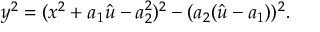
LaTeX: y ^ { 2 } = ( x ^ { 2 } + a _ { 1 } \hat { u } - a _ { 2 } ^ { 2 } ) ^ { 2 } - ( a _ { 2 } ( \hat { u } - a _ { 1 } ) ) ^ { 2 } .